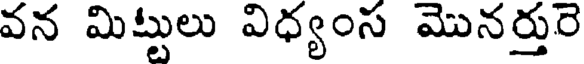
వన మిట్టులు విధ్యంస మొనర్తురె